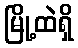
မြို့ထဲရှိ